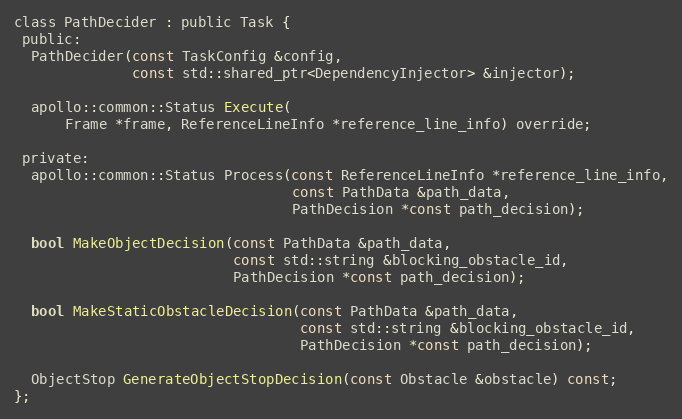
Language: C
class PathDecider : public Task {
 public:
  PathDecider(const TaskConfig &config,
              const std::shared_ptr<DependencyInjector> &injector);

  apollo::common::Status Execute(
      Frame *frame, ReferenceLineInfo *reference_line_info) override;

 private:
  apollo::common::Status Process(const ReferenceLineInfo *reference_line_info,
                                 const PathData &path_data,
                                 PathDecision *const path_decision);

  bool MakeObjectDecision(const PathData &path_data,
                          const std::string &blocking_obstacle_id,
                          PathDecision *const path_decision);

  bool MakeStaticObstacleDecision(const PathData &path_data,
                                  const std::string &blocking_obstacle_id,
                                  PathDecision *const path_decision);

  ObjectStop GenerateObjectStopDecision(const Obstacle &obstacle) const;
};